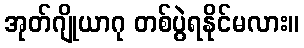
အုတ်ဂျိုယာဂု တစ်ပွဲရနိုင်မလား။